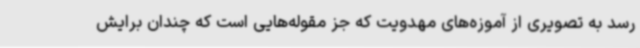
رسد به تصویری از آموزه‌های مهدویت که جز مقوله‌هایی است که چندان برایش